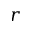
r